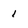
Character: 1